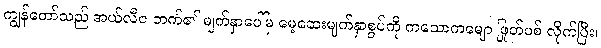
ကျွန်တော်သည် အယ်လီဇ ဘက်၏ မျက်နှာပေါ်မှ မေ့ဆေးမျက်နှာစွပ်ကို ကသောကမျော ဖြုတ်ပစ် လိုက်ပြီး၊